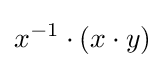
x^{-1}\cdot (x\cdot y)